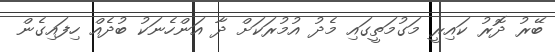
ބޭރު ދޮރު ކައިރީ މަގުމަތީގައި މެދު އުމުރަކަށް ދާ އަންހެނަކު ބުދެއް ހިފައިގެން